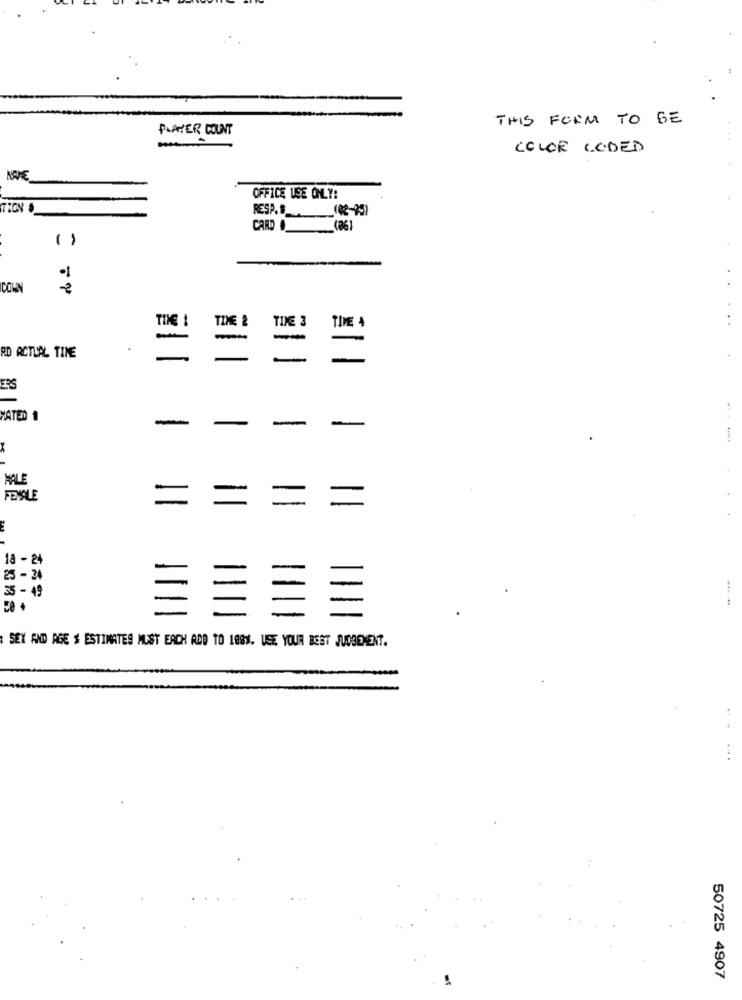
THIS FORM TO GE
PLAYER COUNT
COLOR CODED
NOVE
OFFICE USE ONLY:
RESP.B __ (42-25)
CARD(86)
COWN
TIVE 2
TIE 3
TIE 4
-
RD ACTUAL TIME
ERS
MATED 1
-
-
-
-
MALE
FEMALE
=
18 - 24
25 - 34
... .
35 - 49
....
SEX AND AGE $ ESTIMATES MUST EACH ADD TO 188%. USE YOUR BEST JUDGEMENT.
44
50725 4907